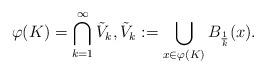
LaTeX: \begin{align*}\varphi(K) =\bigcap_{k=1}^{\infty} \tilde{V}_{k},\tilde{V}_{k} :=\bigcup_{x\in \varphi(K)}B_{\frac{1}{k}} (x).\end{align*}